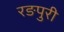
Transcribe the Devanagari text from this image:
रङपुरी